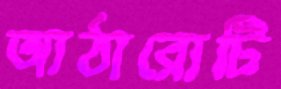
আঠারোটি